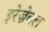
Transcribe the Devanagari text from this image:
इरेज़ेबल